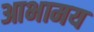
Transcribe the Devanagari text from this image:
आभामय